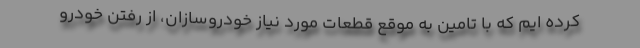
کرده ایم که با تامین به موقع قطعات مورد نیاز خودروسازان، از رفتن خودرو